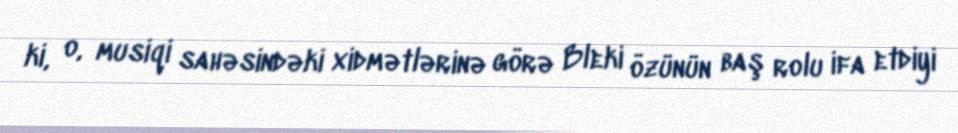
ki, o, musiqi sahəsindəki xidmətlərinə görə Bleki özünün baş rolu ifa etdiyi